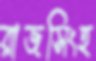
রাজসিংহ